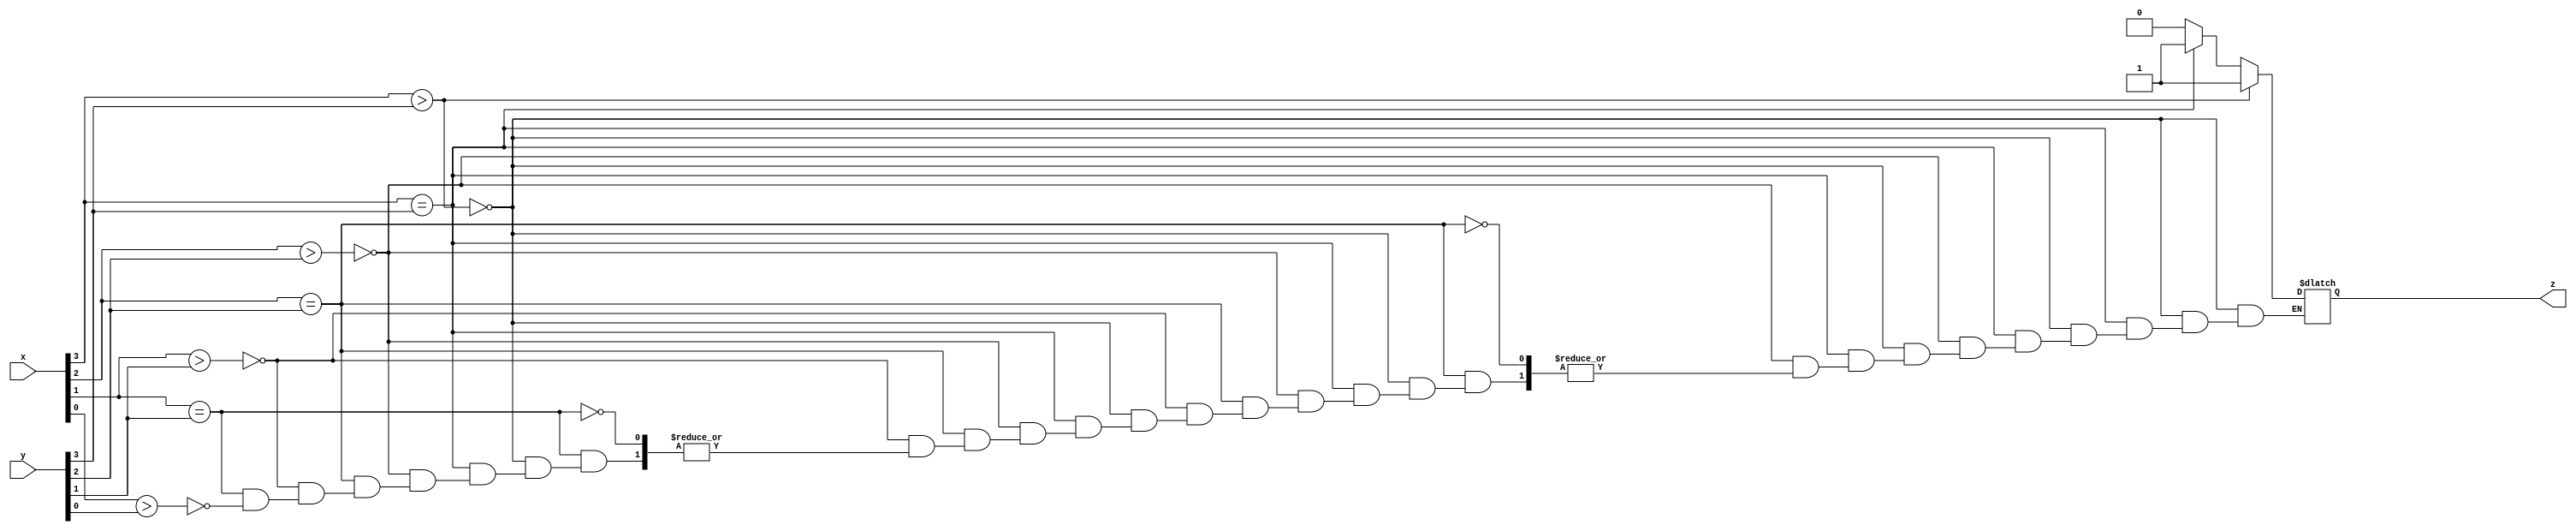
module greaterthan(x,y,z);
	input [3:0]x;
	input [3:0]y;
	output reg z;
	
	always @ (x,y)
	begin: bob
		if (x[3]>y[3])
			begin
			z = 1'b1;
			end
		else if (x[3] == y[3])
			begin
			if (x[2]>y[2])
				begin
				z = 1'b1;
				end
			
			else if (x[2] == y[2])
				begin
				if (x[1]>y[1])
					begin
					z = 1'b1;
					end
			
				else if (x[1] == y[1])
					begin
					if (x[0]>y[0])
						begin
						z = 1'b1;
						end
					end
				end
			end
		else 
			begin
			z = 1'b0;
			end
	end 
endmodule